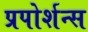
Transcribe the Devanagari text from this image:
प्रपोर्शन्स